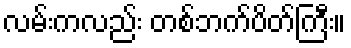
လမ်းကလည်း တစ်ဘက်ပိတ်ကြီး။